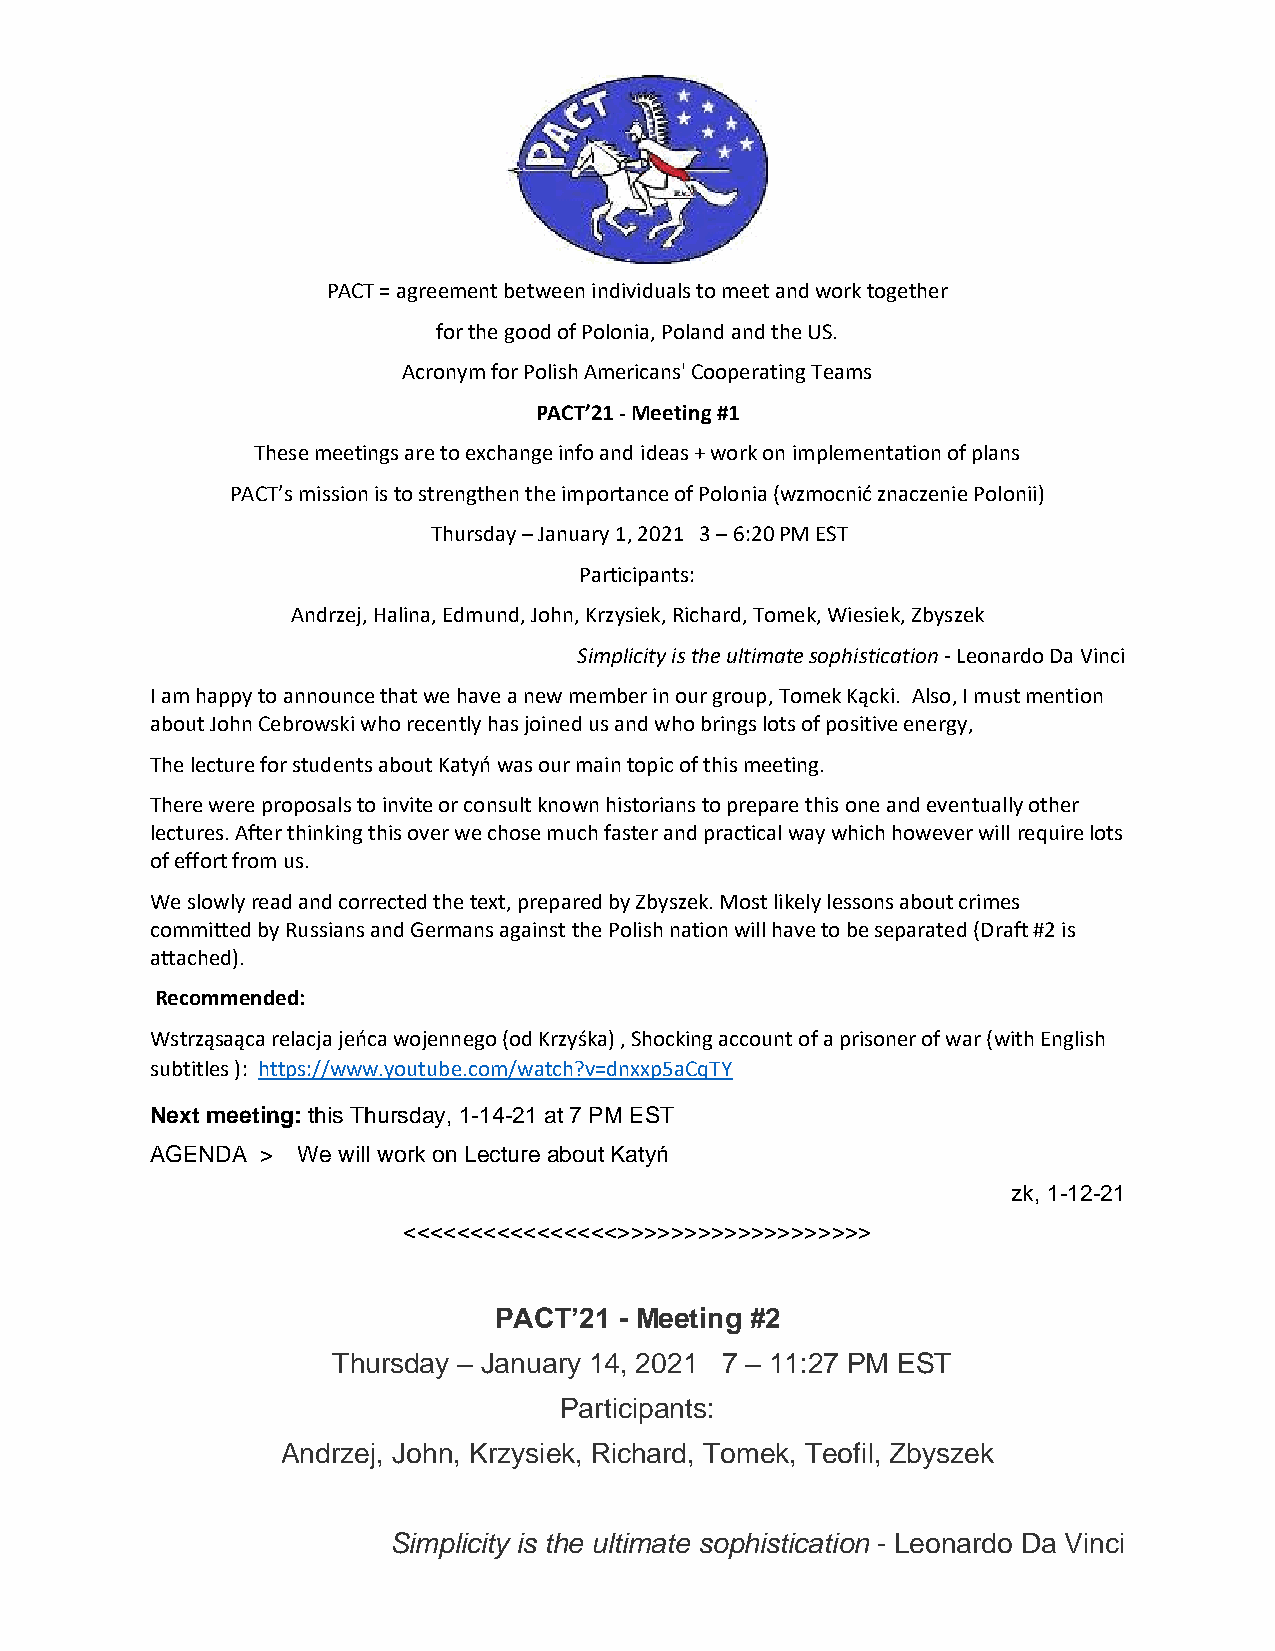
PACT = agreement between individuals to meet and work together
 for the good of Polonia, Poland and the US.
 Acronym for Polish Americans' Cooperating Teams
 PACT’21 - Meeting #1
 These meetings are to exchange info and ideas + work on implementation of plans
 PACT’s mission is to strengthen the importance of Polonia (wzmocnić znaczenie Polonii)
 Thursday – January 1, 2021 3 – 6:20 PM EST
 Participants:
 Andrzej, Halina, Edmund, John, Krzysiek, Richard, Tomek, Wiesiek, Zbyszek
 Simplicity is the ultimate sophistication - Leonardo Da Vinci
 I am happy to announce that we have a new member in our group, Tomek Kącki. Also, I must mention
 about John Cebrowski who recently has joined us and who brings lots of positive energy,
 The lecture for students about Katyń was our main topic of this meeting.
 There were proposals to invite or consult known historians to prepare this one and eventually other
 lectures. After thinking this over we chose much faster and practical way which however will require lots
 of effort from us.
 We slowly read and corrected the text, prepared by Zbyszek. Most likely lessons about crimes
 committed by Russians and Germans against the Polish nation will have to be separated (Draft #2 is
 attached).
 Recommended:
 Wstrząsaąca relacja jeńca wojennego (od Krzyśka) , Shocking account of a prisoner of war (with English
 subtitles ): https://www.youtube.com/watch?v=dnxxp5aCqTY
 Next meeting: this Thursday, 1-14-21 at 7 PM EST
 AGENDA >  We will work on Lecture about Katyń
 zk, 1-12-21
 <<<<<<<<<<<<<<<<>>>>>>>>>>>>>>>>>>>
 PACT’21 - Meeting #2
 Thursday – January 14, 2021 7 – 11:27 PM EST
 Participants:
 Andrzej, John, Krzysiek, Richard, Tomek, Teofil, Zbyszek
 Simplicity is the ultimate sophistication - Leonardo Da Vinci